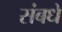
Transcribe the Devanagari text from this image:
संबधे